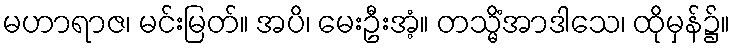
မဟာရာဇ၊ မင်းမြတ်။ အပိ၊ မေးဦးအံ့။ တသ္မိံအာဒါသေ၊ ထိုမှန်၌။